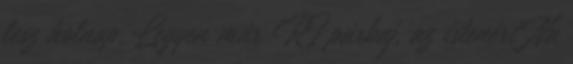
lesz holnap. Legyen már RI párbaj, az istenért Na